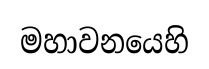
මහාවනයෙහි